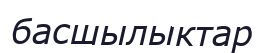
басшылыктар